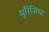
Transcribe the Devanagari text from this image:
थुरिंजिया